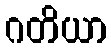
ဂတိယာ